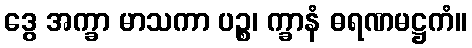
ဒွေ အက္ခာ မာသကာ ပဉ္စ၊ က္ခာနံ ဓရဏမဋ္ဌကံ။